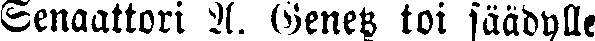
Senaattori A. Genetz toi säädylle